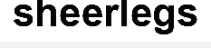
sheerlegs